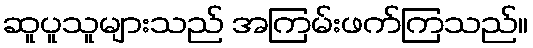
ဆူပူသူများသည် အကြမ်းဖက်ကြသည်။